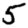
Digit: 5